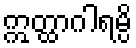
ဣတ္ထာဂါရမ္ပိ